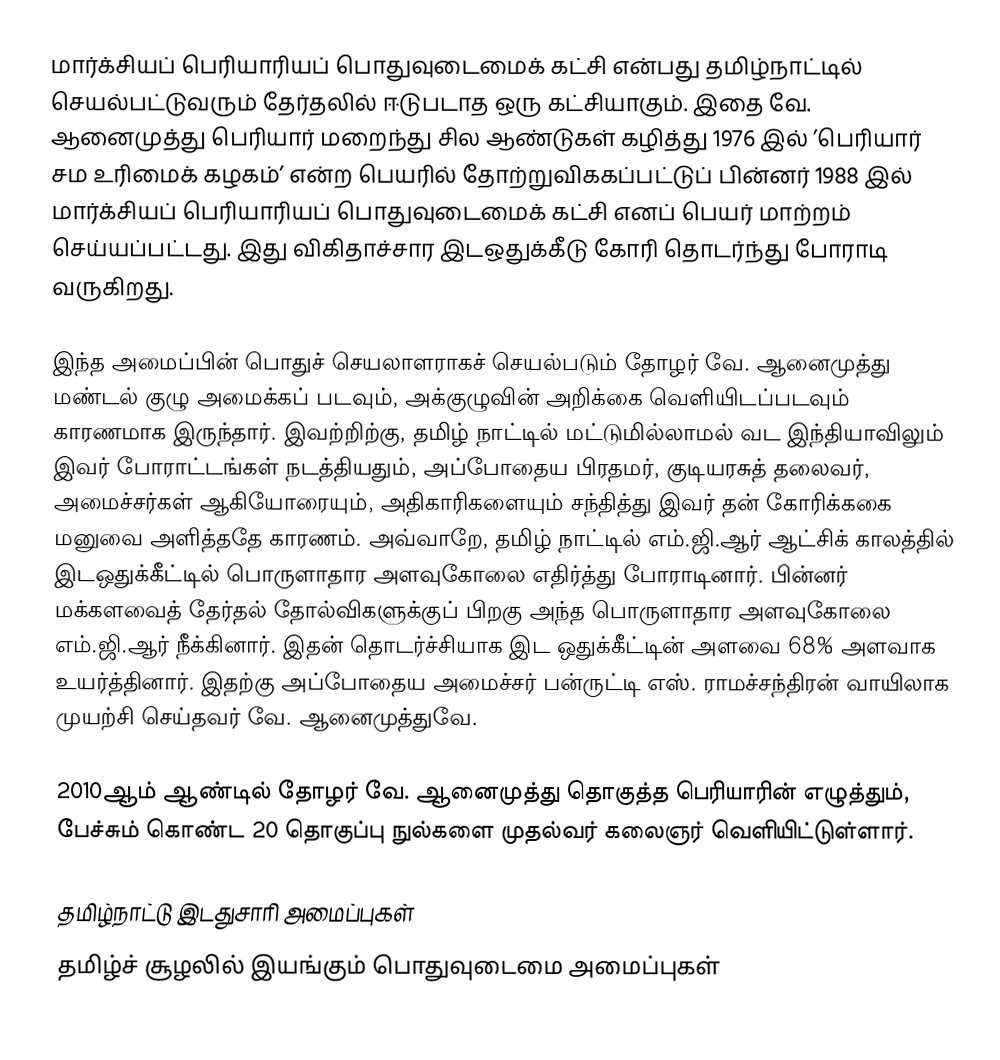
மார்க்சியப் பெரியாரியப் பொதுவுடைமைக் கட்சி என்பது தமிழ்நாட்டில் செயல்பட்டுவரும் தேர்தலில் ஈடுபடாத ஒரு கட்சியாகும். இதை வே. ஆனைமுத்து பெரியார் மறைந்து சில ஆண்டுகள் கழித்து 1976 இல் ’பெரியார் சம உரிமைக் கழகம்’ என்ற பெயரில் தோற்றுவிககப்பட்டுப் பின்னர் 1988 இல் மார்க்சியப் பெரியாரியப் பொதுவுடைமைக் கட்சி எனப் பெயர் மாற்றம் செய்யப்பட்டது.  இது விகிதாச்சார இடஒதுக்கீடு கோரி தொடர்ந்து போராடி வருகிறது.

இந்த அமைப்பின் பொதுச் செயலாளராகச் செயல்படும் தோழர் வே. ஆனைமுத்து மண்டல் குழு அமைக்கப் படவும், அக்குழுவின் அறிக்கை வெளியிடப்படவும் காரணமாக இருந்தார்.  இவற்றிற்கு, தமிழ் நாட்டில் மட்டுமில்லாமல் வட இந்தியாவிலும் இவர் போராட்டங்கள் நடத்தியதும், அப்போதைய பிரதமர், குடியரசுத் தலைவர், அமைச்சர்கள் ஆகியோரையும், அதிகாரிகளையும் சந்தித்து இவர் தன் கோரிக்ககை மனுவை அளித்ததே காரணம். அவ்வாறே, தமிழ் நாட்டில் எம்.ஜி.ஆர் ஆட்சிக் காலத்தில் இடஒதுக்கீட்டில் பொருளாதார அளவுகோலை எதிர்த்து போராடினார்.  பின்னர் மக்களவைத் தேர்தல் தோல்விகளுக்குப் பிறகு அந்த பொருளாதார அளவுகோலை எம்.ஜி.ஆர்  நீக்கினார்.  இதன் தொடர்ச்சியாக இட ஒதுக்கீட்டின் அளவை 68% அளவாக உயர்த்தினார். இதற்கு அப்போதைய அமைச்சர் பன்ருட்டி எஸ். ராமச்சந்திரன் வாயிலாக முயற்சி செய்தவர் வே. ஆனைமுத்துவே.

2010ஆம் ஆண்டில் தோழர் வே. ஆனைமுத்து தொகுத்த பெரியாரின் எழுத்தும், பேச்சும் கொண்ட 20 தொகுப்பு நுல்களை முதல்வர் கலைஞர் வெளியிட்டுள்ளார்.

தமிழ்நாட்டு இடதுசாரி அமைப்புகள்
தமிழ்ச் சூழலில் இயங்கும் பொதுவுடைமை அமைப்புகள்